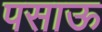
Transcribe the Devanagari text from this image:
पसाऊ